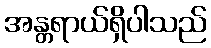
အန္တရာယ်ရှိပါသည်